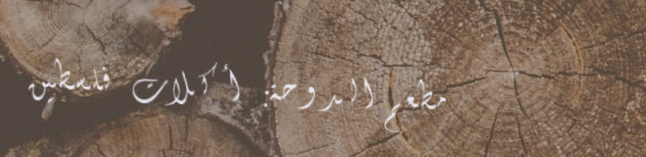
مطعم الدوحة: أكلات فلسطين